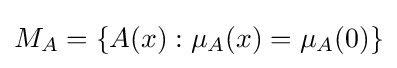
M_{A}=\{A(x):\mu _{A}(x)=\mu _{A}(0)\}